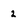
Character: 2